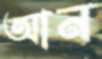
আন